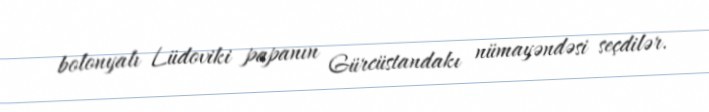
bolonyalı Lüdoviki papanın Gürcüstandakı nümayəndəsi seçdilər.